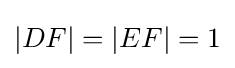
|DF|=|EF|=1